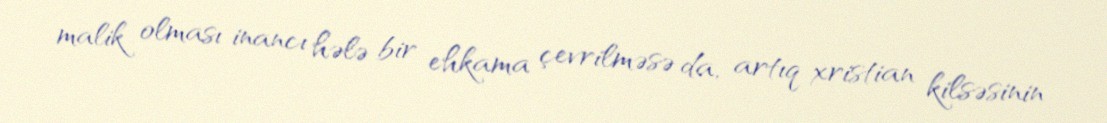
malik olması inancı hələ bir ehkama çevrilməsə da, artıq xristian kilsəsinin